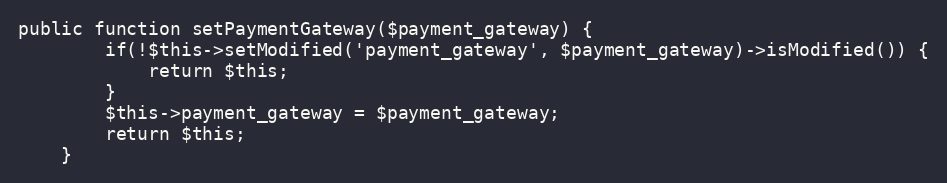
Language: PHP
public function setPaymentGateway($payment_gateway) {
        if(!$this->setModified('payment_gateway', $payment_gateway)->isModified()) {
            return $this;
        }
		$this->payment_gateway = $payment_gateway;
		return $this;
    }